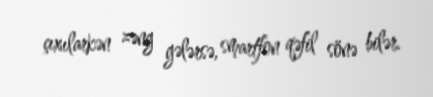
çıxılarkən zəng gələrsə, smartfon qəfil sönə bilər.